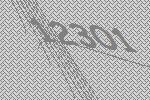
12301